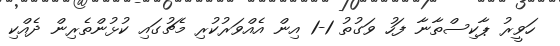
ހަވީރު ޕާކިސްތާނާ ފަހު ވަގުތު 1-1 އިން އެއްވަރުކުރި މެޗުގައި ކުޅުންތެރިން ދެއްކި